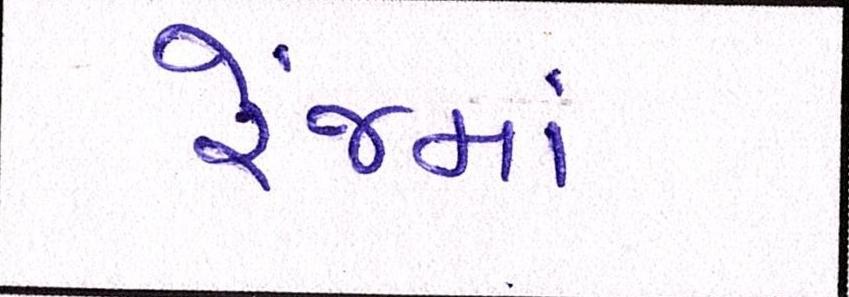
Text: રેંજમાં